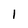
Character: I